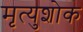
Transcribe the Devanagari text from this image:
मृत्युशोक